Civil Veterinary Dept. Assam report 1927-50 - 1927-1950
Year: 1927
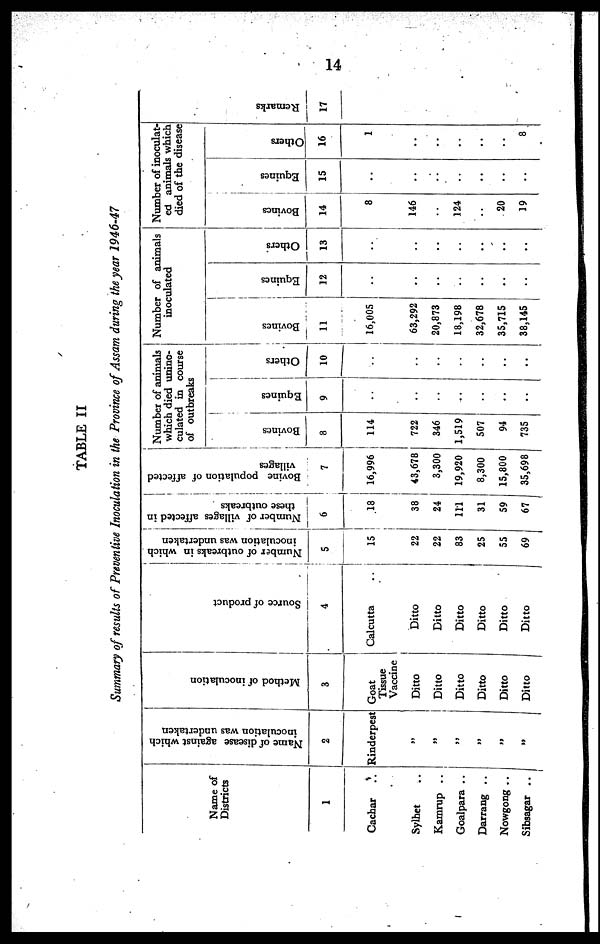
14
TABLE II
Summary of results of Preventive Inoculation in the Province of Assam during the year 1946-47
Name of
Districts
1
Cachar ..
Sylhet ..
Kamrup ..
Goalpara ..
Darrang ..
Nowgong ..
Sibsagar ..
Name of disease against which
inoculation was undertaken
2
Rinderpest
„
„
„
„
„
Method of inoculation
3
Goat
Tissue
Vaccine
Ditto
Ditto
Ditto
Ditto
Ditto
Ditto
Source of product
4
Calcutta ..
Ditto
Ditto
Ditto
Ditto
Ditto
Ditto
Number of outbreaks in which
inoculation was undertaken
5
15
22
22
83
25
55
69
Number of villages affected in
these outbreaks
6
18
38
24
111
31
59
67
Bovine population of affected
villages
7
16,996
43,678
3,300
19,920
8,300
15,800
35,698
Number of animals
which died unino-
culated in course
of outbreaks
Bovines
8
114
722
346
1,519
507
94
735
Equines
9
..
..
..
..
..
..
..
Others
10
..
..
..
..
..
..
..
Number of animals
inoculated
Bovines
11
16,005
63,292
20,873
18,198
32,678
35,715
38,145
Equines
12
..
..
..
..
..
..
..
Others
13
..
..
..
..
..
..
..
Number of inoculat-
ed animals which
died of the disease
Bovines
14
8
146
..
124
..
20
19
Equines
15
..
..
..
..
..
..
..
Others
16
1
..
..
..
..
..
8
Re ma r
ks
17